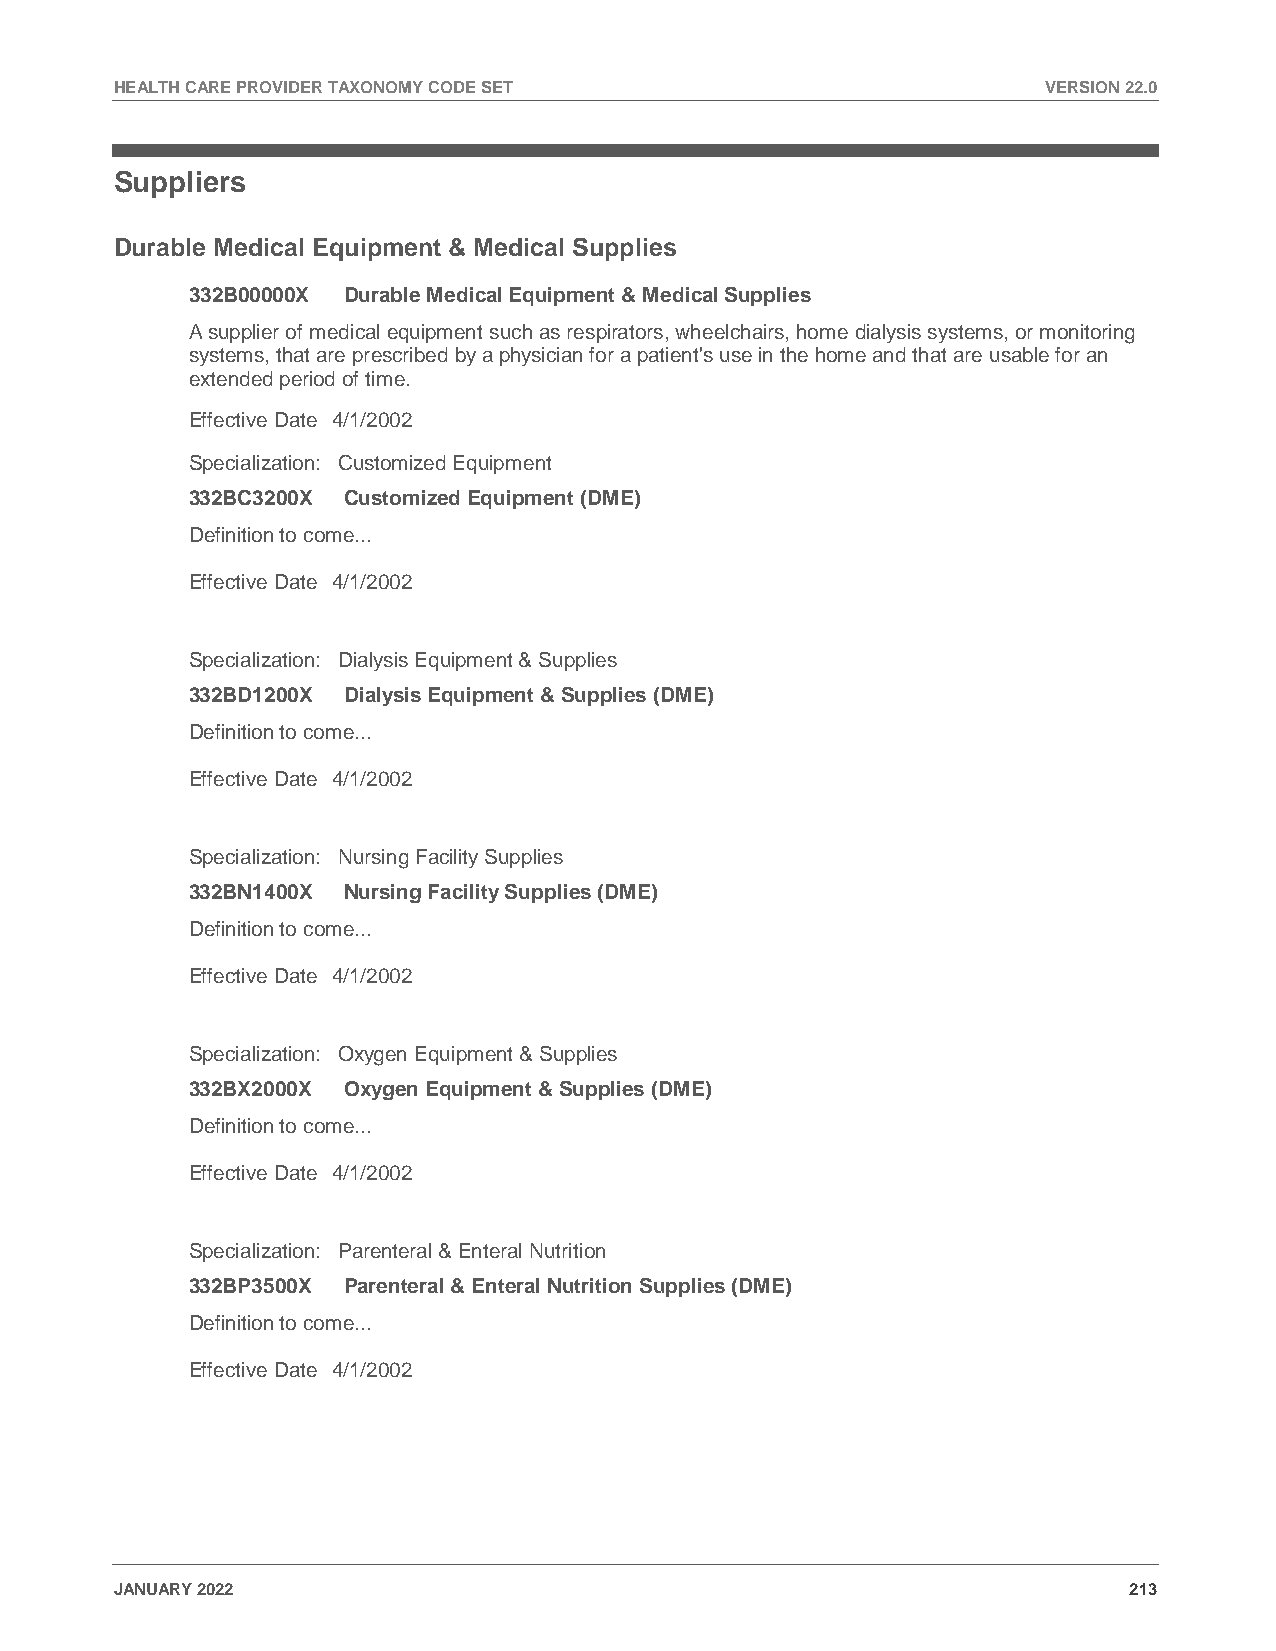
HEALTH CARE PROVIDER TAXONOMY CODE SET                       VERSION 22.0
 Suppliers
 Durable Medical Equipment & Medical Supplies
 332B00000X Durable Medical Equipment & Medical Supplies
 A supplier of medical equipment such as respirators, wheelchairs, home dialysis systems, or monitoring
 systems, that are prescribed by a physician for a patient's use in the home and that are usable for an
 extended period of time.
 Effective Date 4/1/2002
 Specialization: Customized Equipment
 332BC3200X Customized Equipment (DME)
 Definition to come...
 Effective Date 4/1/2002
 Specialization: Dialysis Equipment & Supplies
 332BD1200X Dialysis Equipment & Supplies (DME)
 Definition to come...
 Effective Date 4/1/2002
 Specialization: Nursing Facility Supplies
 332BN1400X Nursing Facility Supplies (DME)
 Definition to come...
 Effective Date 4/1/2002
 Specialization: Oxygen Equipment & Supplies
 332BX2000X Oxygen Equipment & Supplies (DME)
 Definition to come...
 Effective Date 4/1/2002
 Specialization: Parenteral & Enteral Nutrition
 332BP3500X Parenteral & Enteral Nutrition Supplies (DME)
 Definition to come...
 Effective Date 4/1/2002
 JANUARY 2022                                                       213